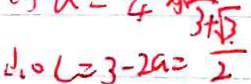
\therefore O C = 3 - 2 a = \frac { 3 + \sqrt { 3 } } { 2 }